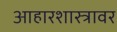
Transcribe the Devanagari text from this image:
आहारशास्त्रावर